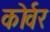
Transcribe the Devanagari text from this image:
कोर्वर